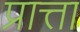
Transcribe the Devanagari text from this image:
प्रात्ता